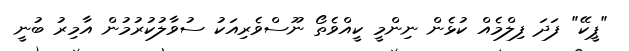
"ޕީކޭ" ފަދަ ފިލްމެއް ކުޅެން ނިންމީ ކީއްވެތޯ ނޫސްވެރިއަކު ސުވާލުކުރުމުން އާމިރު ބުނީ